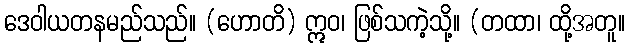
ဒေဝါယတနမည်သည်။ (ဟောတိ) ဣဝ၊ ဖြစ်သကဲ့သို့။ (တထာ၊ ထို့အတူ။